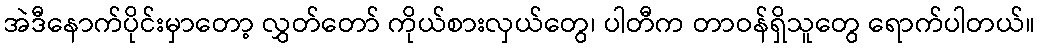
အဲဒီနောက်ပိုင်းမှာတော့ လွှတ်တော် ကိုယ်စားလှယ်တွေ၊ ပါတီက တာဝန်ရှိသူတွေ ရောက်ပါတယ်။